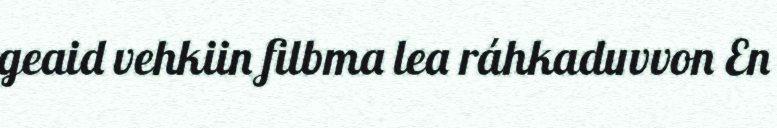
geaid vehkiin filbma lea ráhkaduvvon En